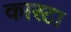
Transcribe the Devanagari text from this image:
कास्टा